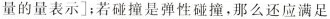
量的量表示]；若碰撞是弹性碰撞，那么还应满足